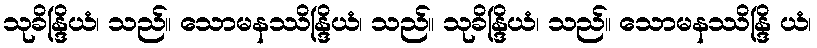
သုခိန္ဒြိယံ၊ သည်။ သောမနဿိန္ဒြိယံ၊ သည်။ သုခိန္ဒြိယံ၊ သည်။ သောမနဿိန္ဒြိ ယံ၊